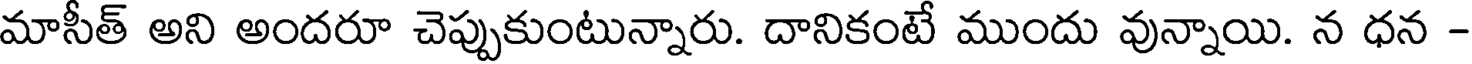
మాసీత్ అని అందరూ చెప్పుకుంటున్నారు. దానికంటే ముందు వున్నాయి. న ధన -